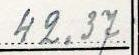
42.37